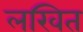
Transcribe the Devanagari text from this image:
लखित